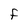
Character: F